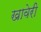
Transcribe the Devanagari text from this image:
खावेरी